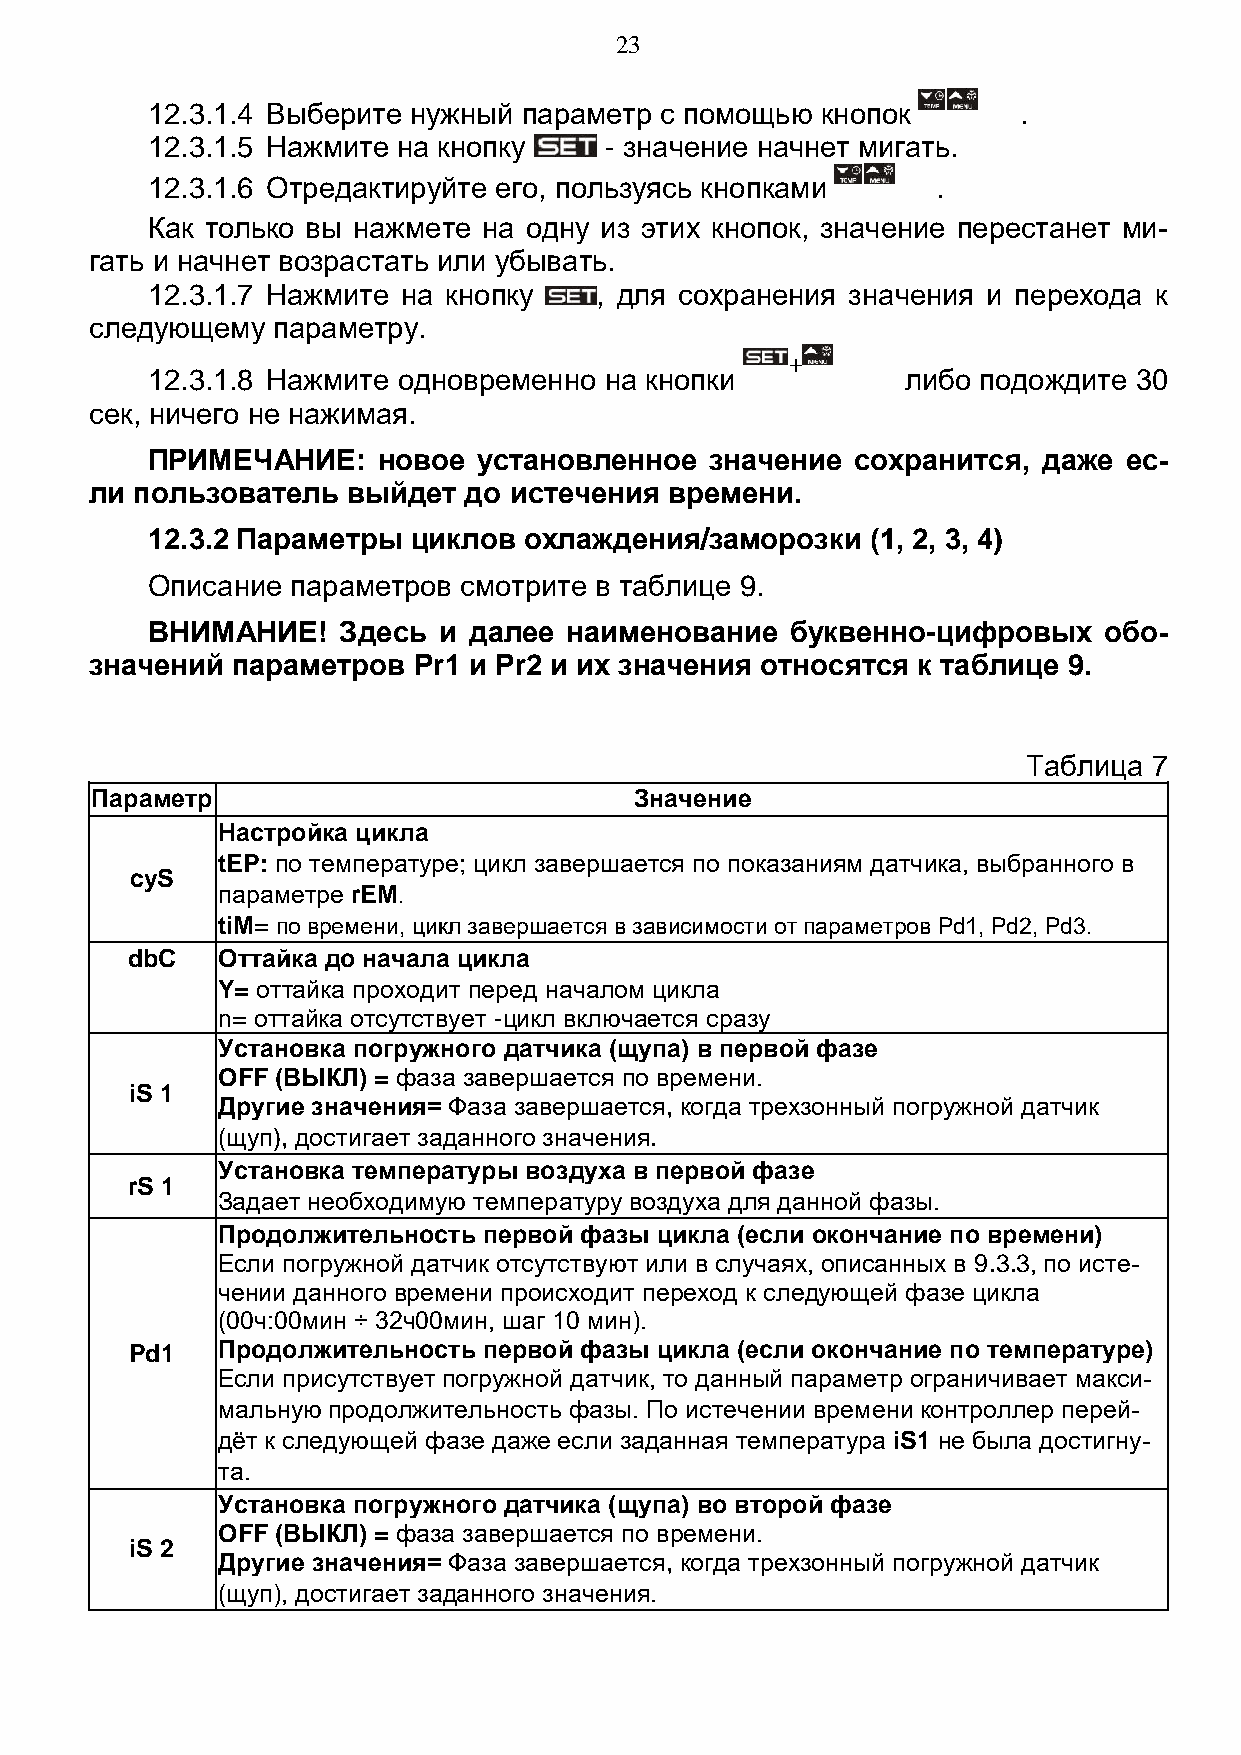
23
 12.3.1.4 Выберите нужный параметр с помощью кнопок       .
 12.3.1.5 Нажмите на кнопку    - значение начнет мигать.
 12.3.1.6 Отредактируйте его, пользуясь кнопками     .
 Как только вы нажмете на одну из этих кнопок, значение перестанет ми-
 гать и начнет возрастать или убывать.
 12.3.1.7 Нажмите на кнопку   , для сохранения значения и перехода к
 следующему  параметру.
 +
 12.3.1.8 Нажмите одновременно на кнопки           либо подождите 30
 сек, ничего не нажимая.
 ПРИМЕЧАНИЕ:    новое  установленное  значение  сохранится, даже ес-
 ли пользователь  выйдет  до истечения времени.
 12.3.2 Параметры циклов  охлаждения/заморозки   (1, 2, 3, 4)
 Описание параметров смотрите в таблице 9.
 ВНИМАНИЕ!   Здесь  и далее наименование   буквенно-цифровых    обо-
 значений параметров  Pr1 и Pr2 и их значения относятся к таблице 9.
 Таблица 7
 Параметр                            Значение
 Настройка цикла
 tEP: по температуре; цикл завершается по показаниям датчика, выбранного в
 cyS
 параметре rEM.
 tiM= по времени, цикл завершается в зависимости от параметров Pd1, Pd2, Pd3.
 dbC   Оттайка до начала цикла
 Y= оттайка проходит перед началом цикла
 n= оттайка отсутствует -цикл включается сразу
 Установка погружного датчика (щупа) в первой фазе
 OFF (ВЫКЛ) = фаза завершается по времени.
 iS 1
 Другие значения= Фаза завершается, когда трехзонный погружной датчик
 (щуп), достигает заданного значения.
 Установка температуры воздуха в первой фазе
 rS 1
 Задает необходимую температуру воздуха для данной фазы.
 Продолжительность первой фазы цикла (если окончание по времени)
 Если погружной датчик отсутствуют или в случаях, описанных в 9.3.3, по исте-
 чении данного времени происходит переход к следующей фазе цикла
 (00ч:00мин ÷ 32ч00мин, шаг 10 мин).
 Pd1  Продолжительность первой фазы цикла (если окончание по температуре)
 Если присутствует погружной датчик, то данный параметр ограничивает макси-
 мальную продолжительность фазы. По истечении времени контроллер перей-
 дёт к следующей фазе даже если заданная температура iS1 не была достигну-
 та.
 Установка погружного датчика (щупа) во второй фазе
 OFF (ВЫКЛ) = фаза завершается по времени.
 iS 2
 Другие значения= Фаза завершается, когда трехзонный погружной датчик
 (щуп), достигает заданного значения.